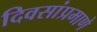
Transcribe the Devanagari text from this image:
दिवसांप्रमाणे